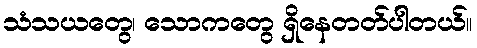
သံသယတွေ၊ သောကတွေ ရှိနေတတ်ပါတယ်။